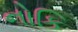
નોકિ